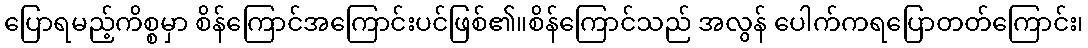
ပြောရမည့်ကိစ္စမှာ စိန်ကြောင်အကြောင်းပင်ဖြစ်၏။စိန်ကြောင်သည် အလွန် ပေါက်ကရပြောတတ်ကြောင်း၊